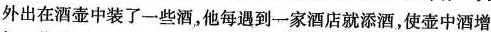
外出在酒壶中装了一些酒，他每遇到一家酒店就添酒，使壶中酒增